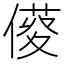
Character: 𠍑